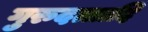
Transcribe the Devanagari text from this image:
गुरुदत्तादि